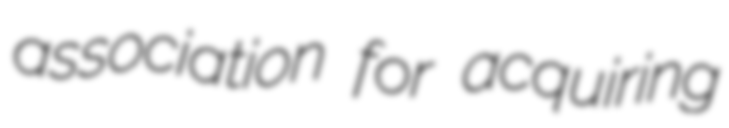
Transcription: association for acquiring